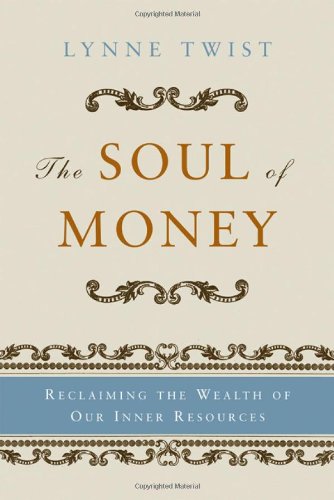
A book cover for The Soul of Money: Reclaiming the Wealth of Our Inner Resources; Lynne Twist; Business & Money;